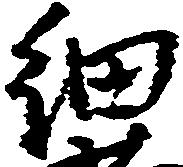
細